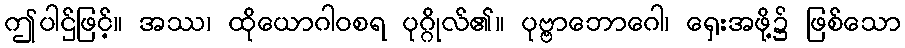
ဤပါဌ်ဖြင့်။ အဿ၊ ထိုယောဂါဝစရ ပုဂ္ဂိုလ်၏။ ပုဗ္ဗာဘောဂေါ၊ ရှေးအဖို့၌ ဖြစ်သော